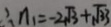
\therefore n _ { 1 } = - 2 \sqrt { 3 } + \sqrt { 3 3 }